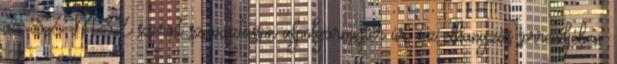
az SZMSZ szerint szavaztasson alpolgármester úr, az elhangzás sorrendjében.